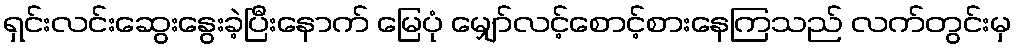
ရှင်းလင်းဆွေးနွေးခဲ့ပြီးနောက် မြေပုံ မျှော်လင့်စောင့်စားနေကြသည် လက်တွင်းမှ